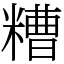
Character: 糟